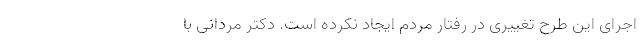
اجرای این طرح تغییری در رفتار مردم ایجاد نکرده است. دکتر مردانی با